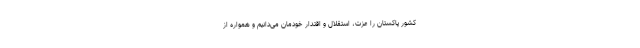
کشور پاکستان را عزت، استقلال و اقتدار خودمان می‌دانیم و همواره از